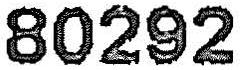
80292